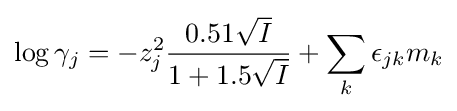
\log \gamma _{j}=-z_{j}^{2}{\frac {0.51{\sqrt {I}}}{1+1.5{\sqrt {I}}}}+\sum _{k}\epsilon _{jk}m_{k}